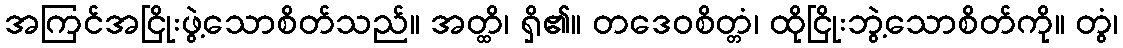
အကြင်အငြိုးဖွဲ့သောစိတ်သည်။ အတ္ထိ၊ ရှိ၏။ တဒေဝစိတ္တံ၊ ထိုငြိုးဘွဲ့သောစိတ်ကို။ တွံ၊